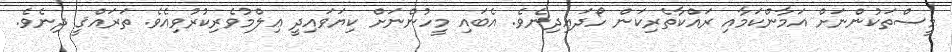
މީސްތަކުންނަށް އަމާންކަމާއި ރައްކާތެރިކަން ހޯދައިދިނެވެ. އެބައި މީހުންނަށް ކިޔަވައިދީ ޢިލްމުވެރިކުރުވިއެވެ. ތަރައްޤީ ދިނެވެ.